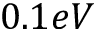
0 . 1 e V